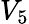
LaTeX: V_{5}